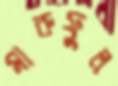
মারুফুল